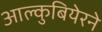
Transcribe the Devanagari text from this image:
आल्कुबियेरने